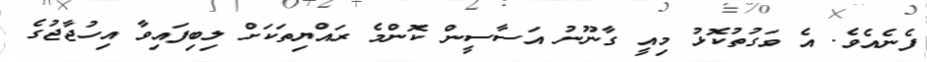
ފެނެއެވެ. އެ ވަގުތުކޮޅު މިއީ ގާނޫނު އަސާސީން ކޮންމެ ރައްޔިތަކަށް ލިބިފައިވާ އިހުޖާޖުގެ